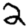
Digit: 2